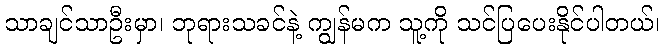
သာချင်သာဦးမှာ၊ ဘုရားသခင်နဲ့ ကျွန်မက သူ့ကို သင်ပြပေးနိုင်ပါတယ်၊